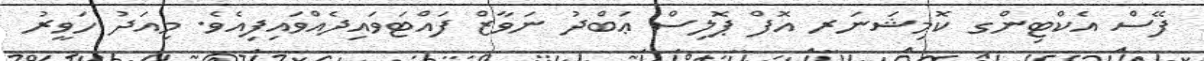
ފޭސް އެކްޓިންގ ކޮމިޝަނަރ އޮފް ޕޮލިސް ޢަބްދު ނަވާޒް ފައްޓަވައިދެއްވައިފިއެވެ. މިއަދު ހަވީރު